65_HS1-834228961_62-HQ-83894_SUB_A
Agency: FBI
Page 94
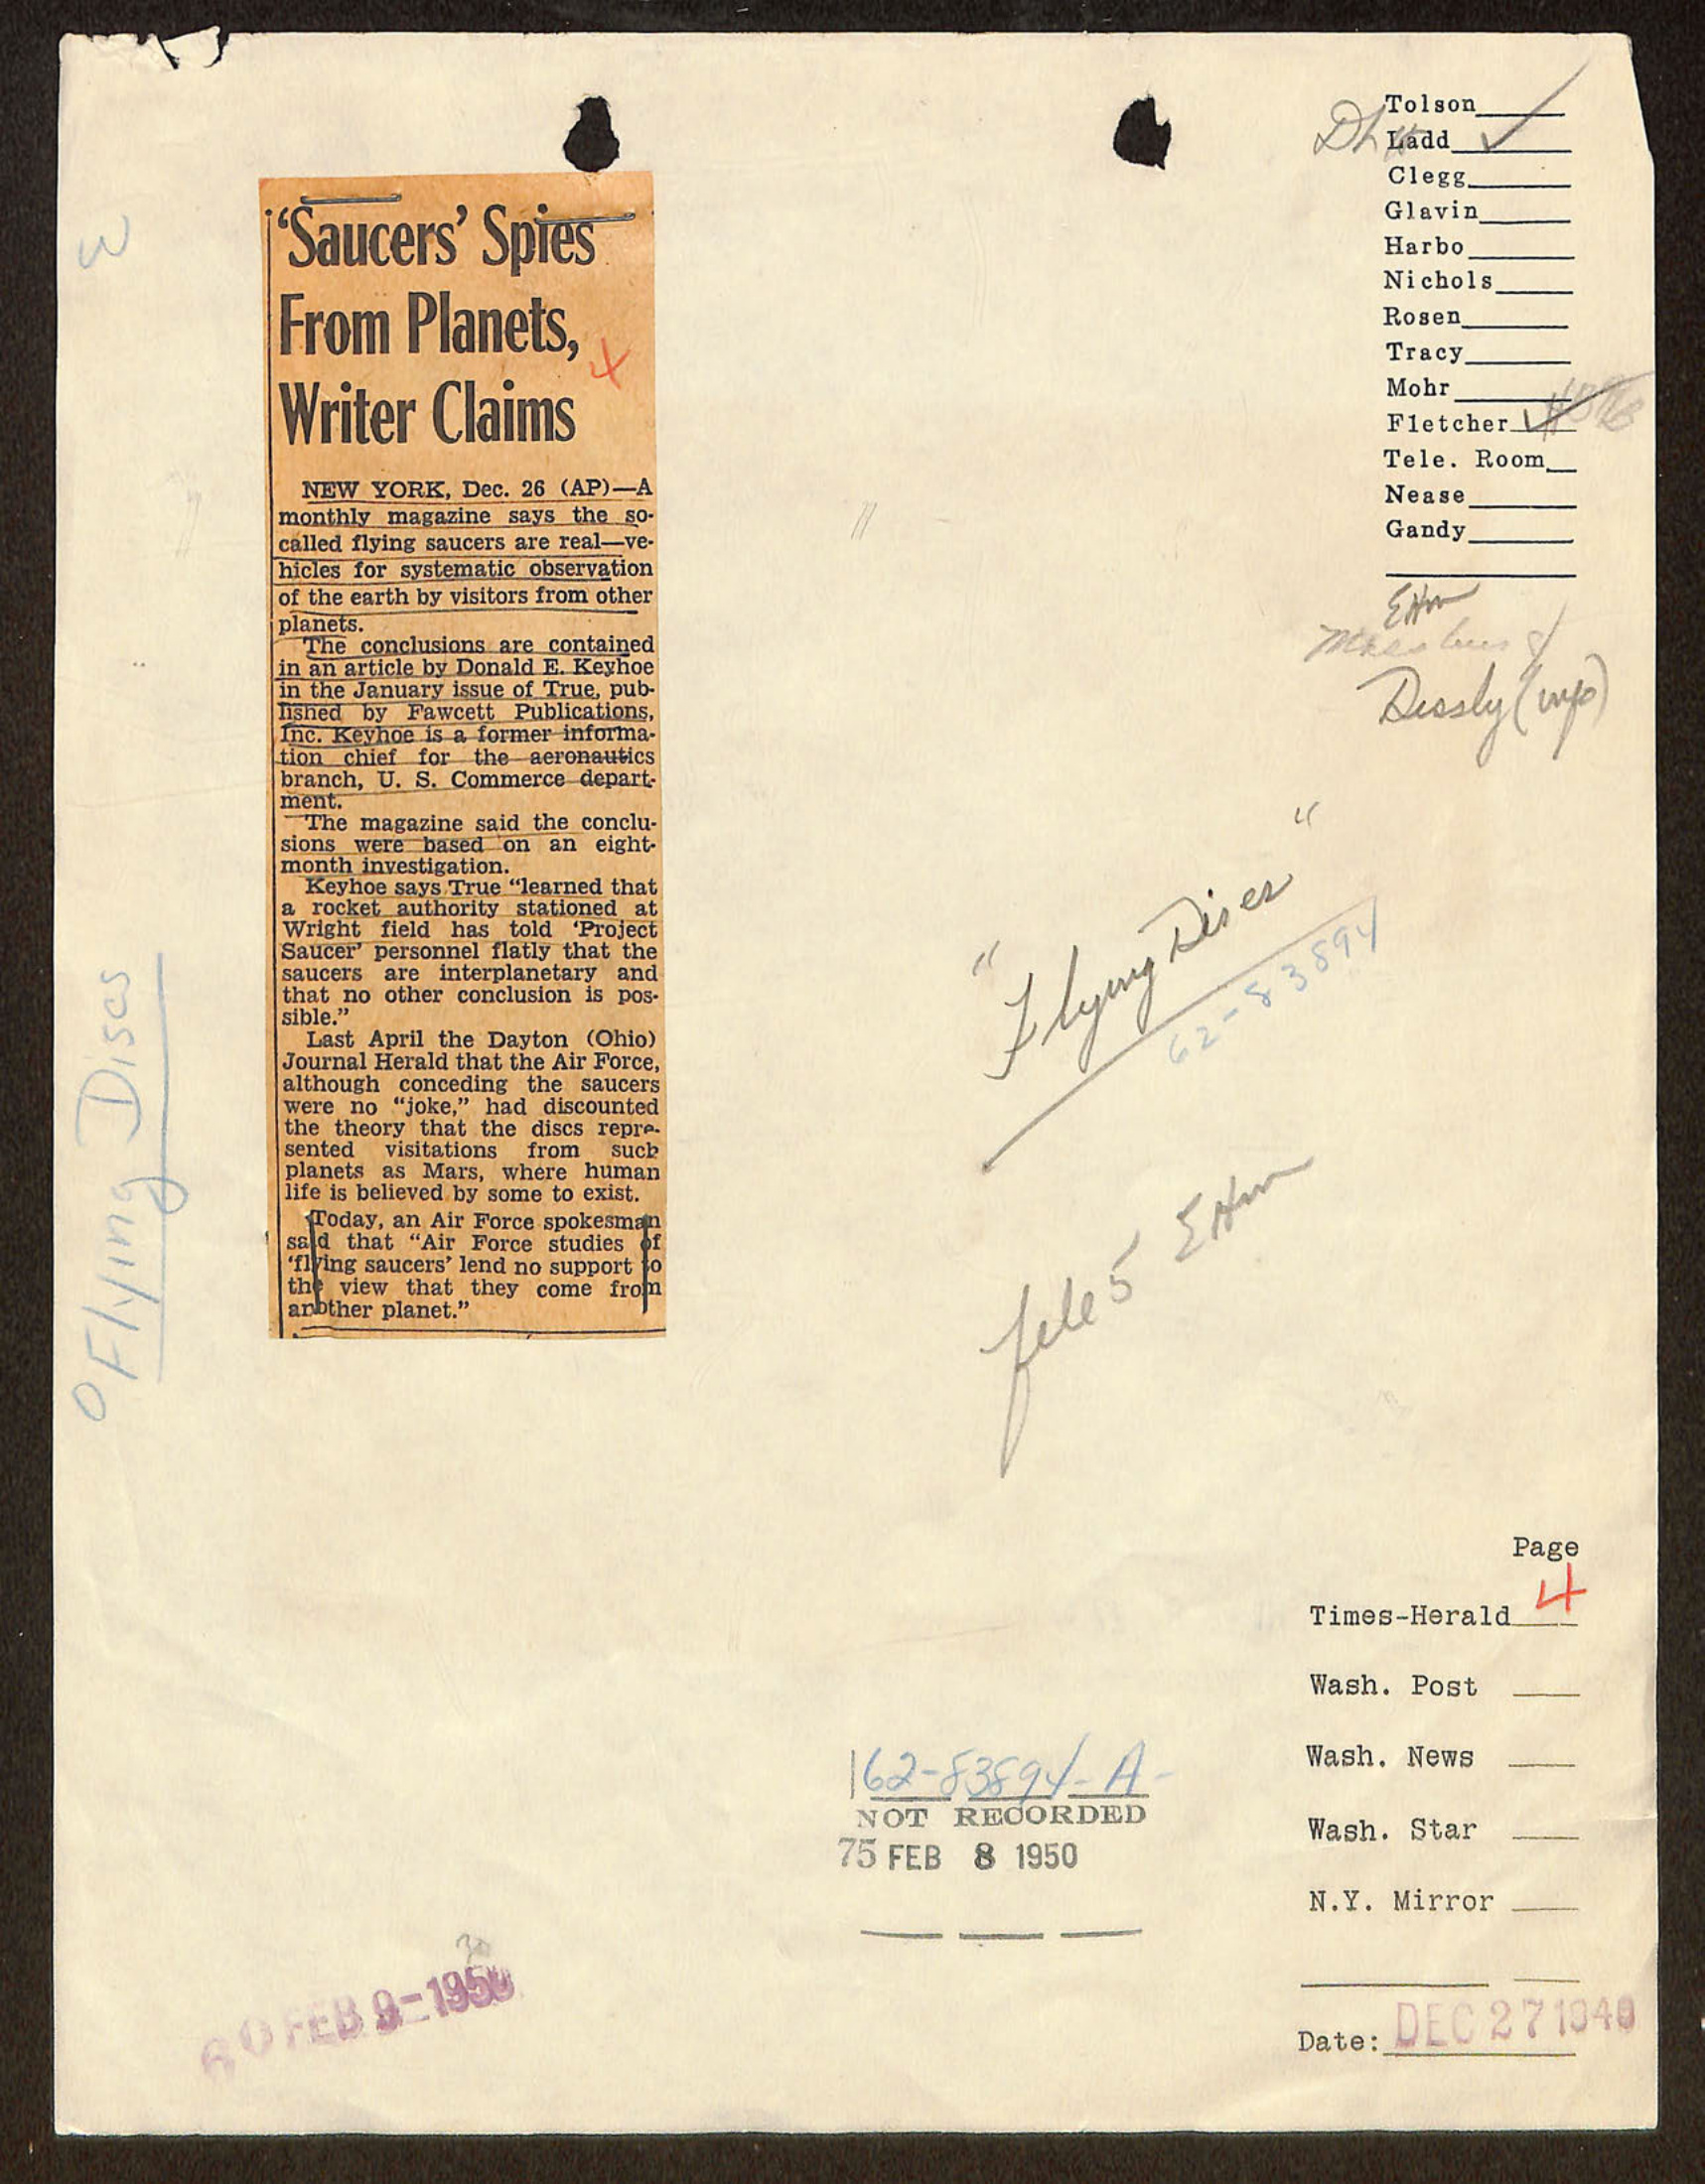